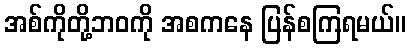
အစ်ကိုတို့ဘဝကို အစကနေ ပြန်စကြရမယ်။